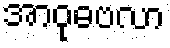
အာဝုဓဗလာ